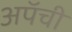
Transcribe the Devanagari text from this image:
अपॅची